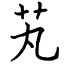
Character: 芄